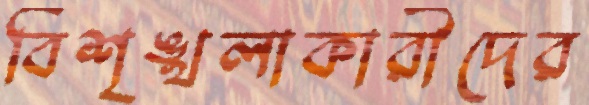
বিশৃঙ্খলাকারীদের